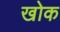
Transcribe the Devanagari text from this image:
खोक